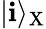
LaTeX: |\mathbf{i}\rangle_{\mathrm{{X}}}